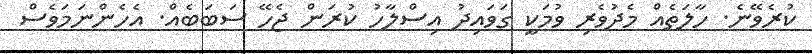
ކުރެވޭނެ. ހާލަތެއް މެދުވެރި ވުމަކީ ގަވައިދު އިސްލާހު ކުރަން ޖެހޭ ސަބަބެއް. އެހެންނަމަވެސް